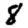
Digit: 8